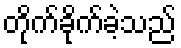
တိုက်ခိုက်ခဲ့သည်